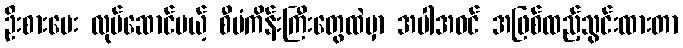
ဦးစားပေး လုပ်ဆောင်မယ့် စီမံကိန်းကြီးတွေထဲမှာ အပါအဝင် အဖြစ်ထည့်သွင်းထားတာ